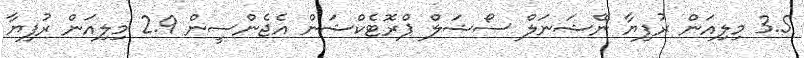
3.5 މިލިއަން ރުފިޔާ ނޭޝަނަލް ސޯޝަލް ޕްރޮޓެކްޝަން އެޖެންސީން 2.9 މިލިއަން ރުފިޔާ